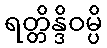
ရတ္တိန္ဒိဝမ္ပိ